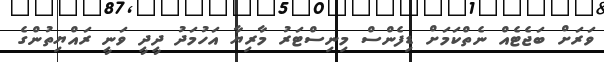
ވަރަށް ބަޖެޓެއް ނެތްކަމަށް ޑިފެންސް މިނިސްޓަރު މާރިޔާ އަހުމަދު ދީދީ ވަނީ ރައްޔިތުންގެ